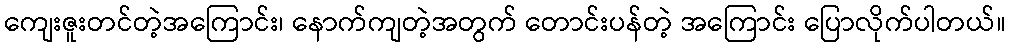
ကျေးဇူးတင်တဲ့အကြောင်း၊ နောက်ကျတဲ့အတွက် တောင်းပန်တဲ့ အကြောင်း ပြောလိုက်ပါတယ်။